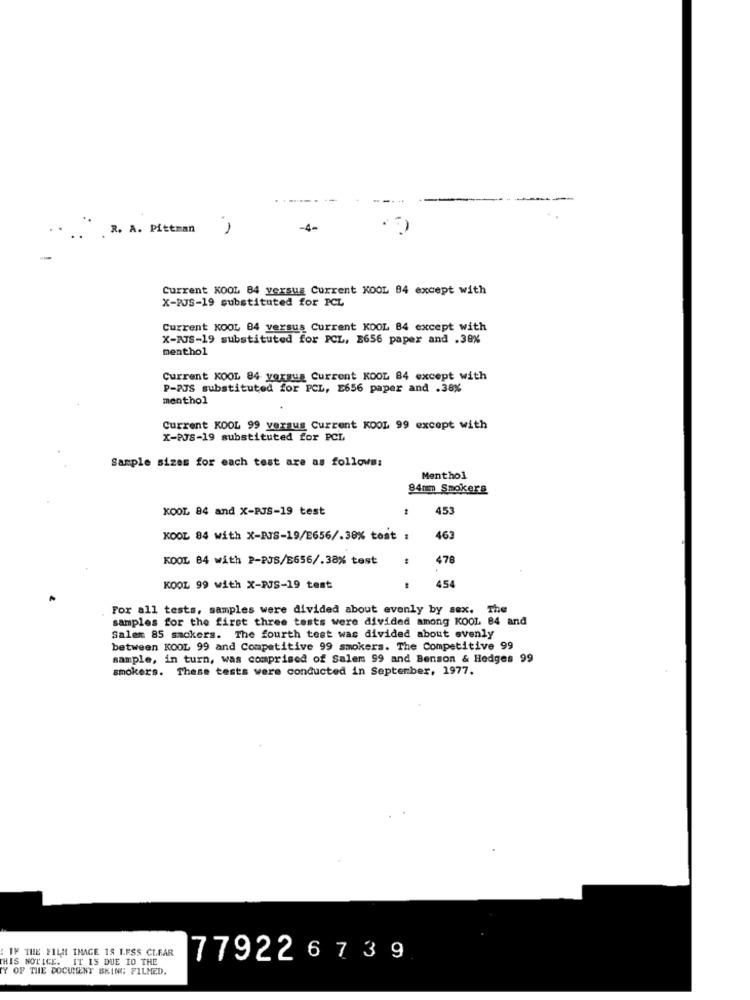
R. A. Pittman
-4-
Current KOOL 84 versus Current KOOL 84 except with
X-PJS-19 substituted for PCL
Current KOOL 84 versus Current KOOL 84 except with
X-RJS-19 substituted for PCL, E656 paper and .38%
menthol
Current KOOL 84 yoraug Current KOOL 84 except with
P-PJS substituted for PCL, E656 paper and .38%
menthol
Current KOOL 99 versus Current KOOL 99 except with
X-PJS-19 substituted for PCL
Sample sizes for each test are as follows:
Menthol
84mm Smokers
KOOL 84 and X-PJS-19 test
453
KOOL 84 with X-BJS-19/E656/.38% tost :
463
KOOL 84 with P-PJS/B656/.38% test
478
454
KOOL 99 with X-PJS-19 test
For all tests, samples were divided about evenly by sex. The
samples for the first three tests were divided among KOOL 84 and
Salem 85 smokers. The fourth test was divided about evenly
between KOOL 99 and Competitive 99 smokers. The Competitive 99
sample, in turn, was comprised of Salem 99 and Benson & Hedges 99
smokers. These tests were conducted in September, 1977.
: IF THE FILM IMAGE IS LESS CLEAR
THIS NOTICE.
IT IS DUE ID THE
77922 6 739
TY OF THE DOCUMENT BEING FILMED.